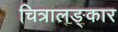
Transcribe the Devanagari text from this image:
चित्रालङ्कार